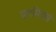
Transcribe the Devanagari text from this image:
पारमितांचे